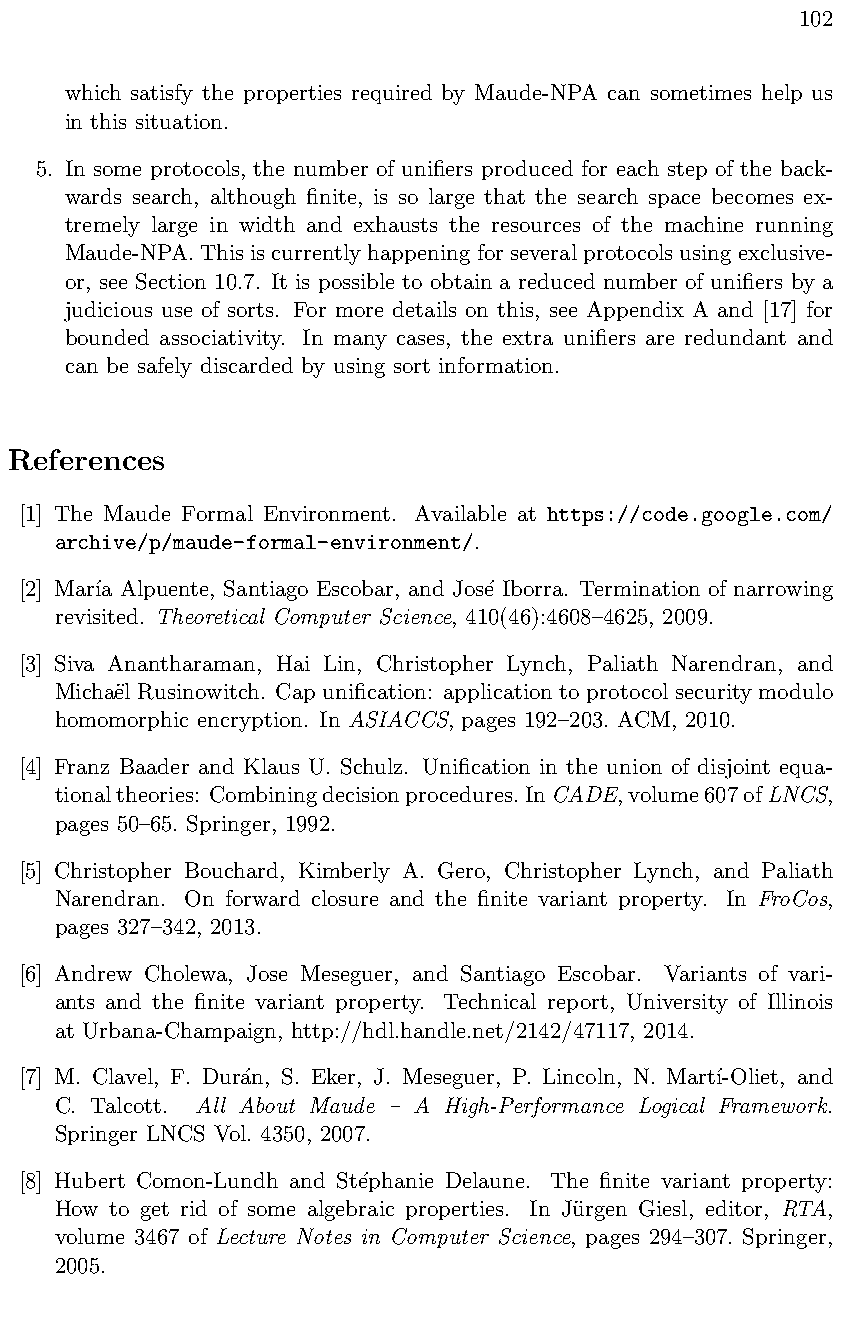
102
 which satisfy the properties required by Maude-NPA can sometimes help us
 in this situation.
 5. In some protocols, the number of unifiers produced for each step of the back-
 wards search, although finite, is so large that the search space becomes ex-
 tremely large in width and exhausts the resources of the machine running
 Maude-NPA.Thisiscurrentlyhappeningforseveralprotocolsusingexclusive-
 or, see Section 10.7. It is possible to obtain a reduced number of unifiers by a
 judicious use of sorts. For more details on this, see Appendix A and [17] for
 bounded associativity. In many cases, the extra unifiers are redundant and
 can be safely discarded by using sort information.
 References
 [1] The Maude Formal Environment. Available at https://code.google.com/
 archive/p/maude-formal-environment/.
 [2] Mar´ıa Alpuente, Santiago Escobar, and Jos´e Iborra. Termination of narrowing
 revisited. Theoretical Computer Science, 410(46):4608–4625, 2009.
 [3] Siva Anantharaman, Hai Lin, Christopher Lynch, Paliath Narendran, and
 Micha¨el Rusinowitch. Cap unification: application to protocol security modulo
 homomorphic encryption. In ASIACCS, pages 192–203. ACM, 2010.
 [4] Franz Baader and Klaus U. Schulz. Unification in the union of disjoint equa-
 tionaltheories: Combiningdecisionprocedures.InCADE,volume607ofLNCS,
 pages 50–65. Springer, 1992.
 [5] Christopher Bouchard, Kimberly A. Gero, Christopher Lynch, and Paliath
 Narendran. On forward closure and the finite variant property. In FroCos,
 pages 327–342, 2013.
 [6] Andrew Cholewa, Jose Meseguer, and Santiago Escobar. Variants of vari-
 ants and the finite variant property. Technical report, University of Illinois
 at Urbana-Champaign, http://hdl.handle.net/2142/47117, 2014.
 [7] M. Clavel, F. Dur´an, S. Eker, J. Meseguer, P. Lincoln, N. Mart´ı-Oliet, and
 C. Talcott. All About Maude – A High-Performance Logical Framework.
 Springer LNCS Vol. 4350, 2007.
 [8] Hubert Comon-Lundh and St´ephanie Delaune. The finite variant property:
 How to get rid of some algebraic properties. In Ju¨rgen Giesl, editor, RTA,
 volume 3467 of Lecture Notes in Computer Science, pages 294–307. Springer,
 2005.